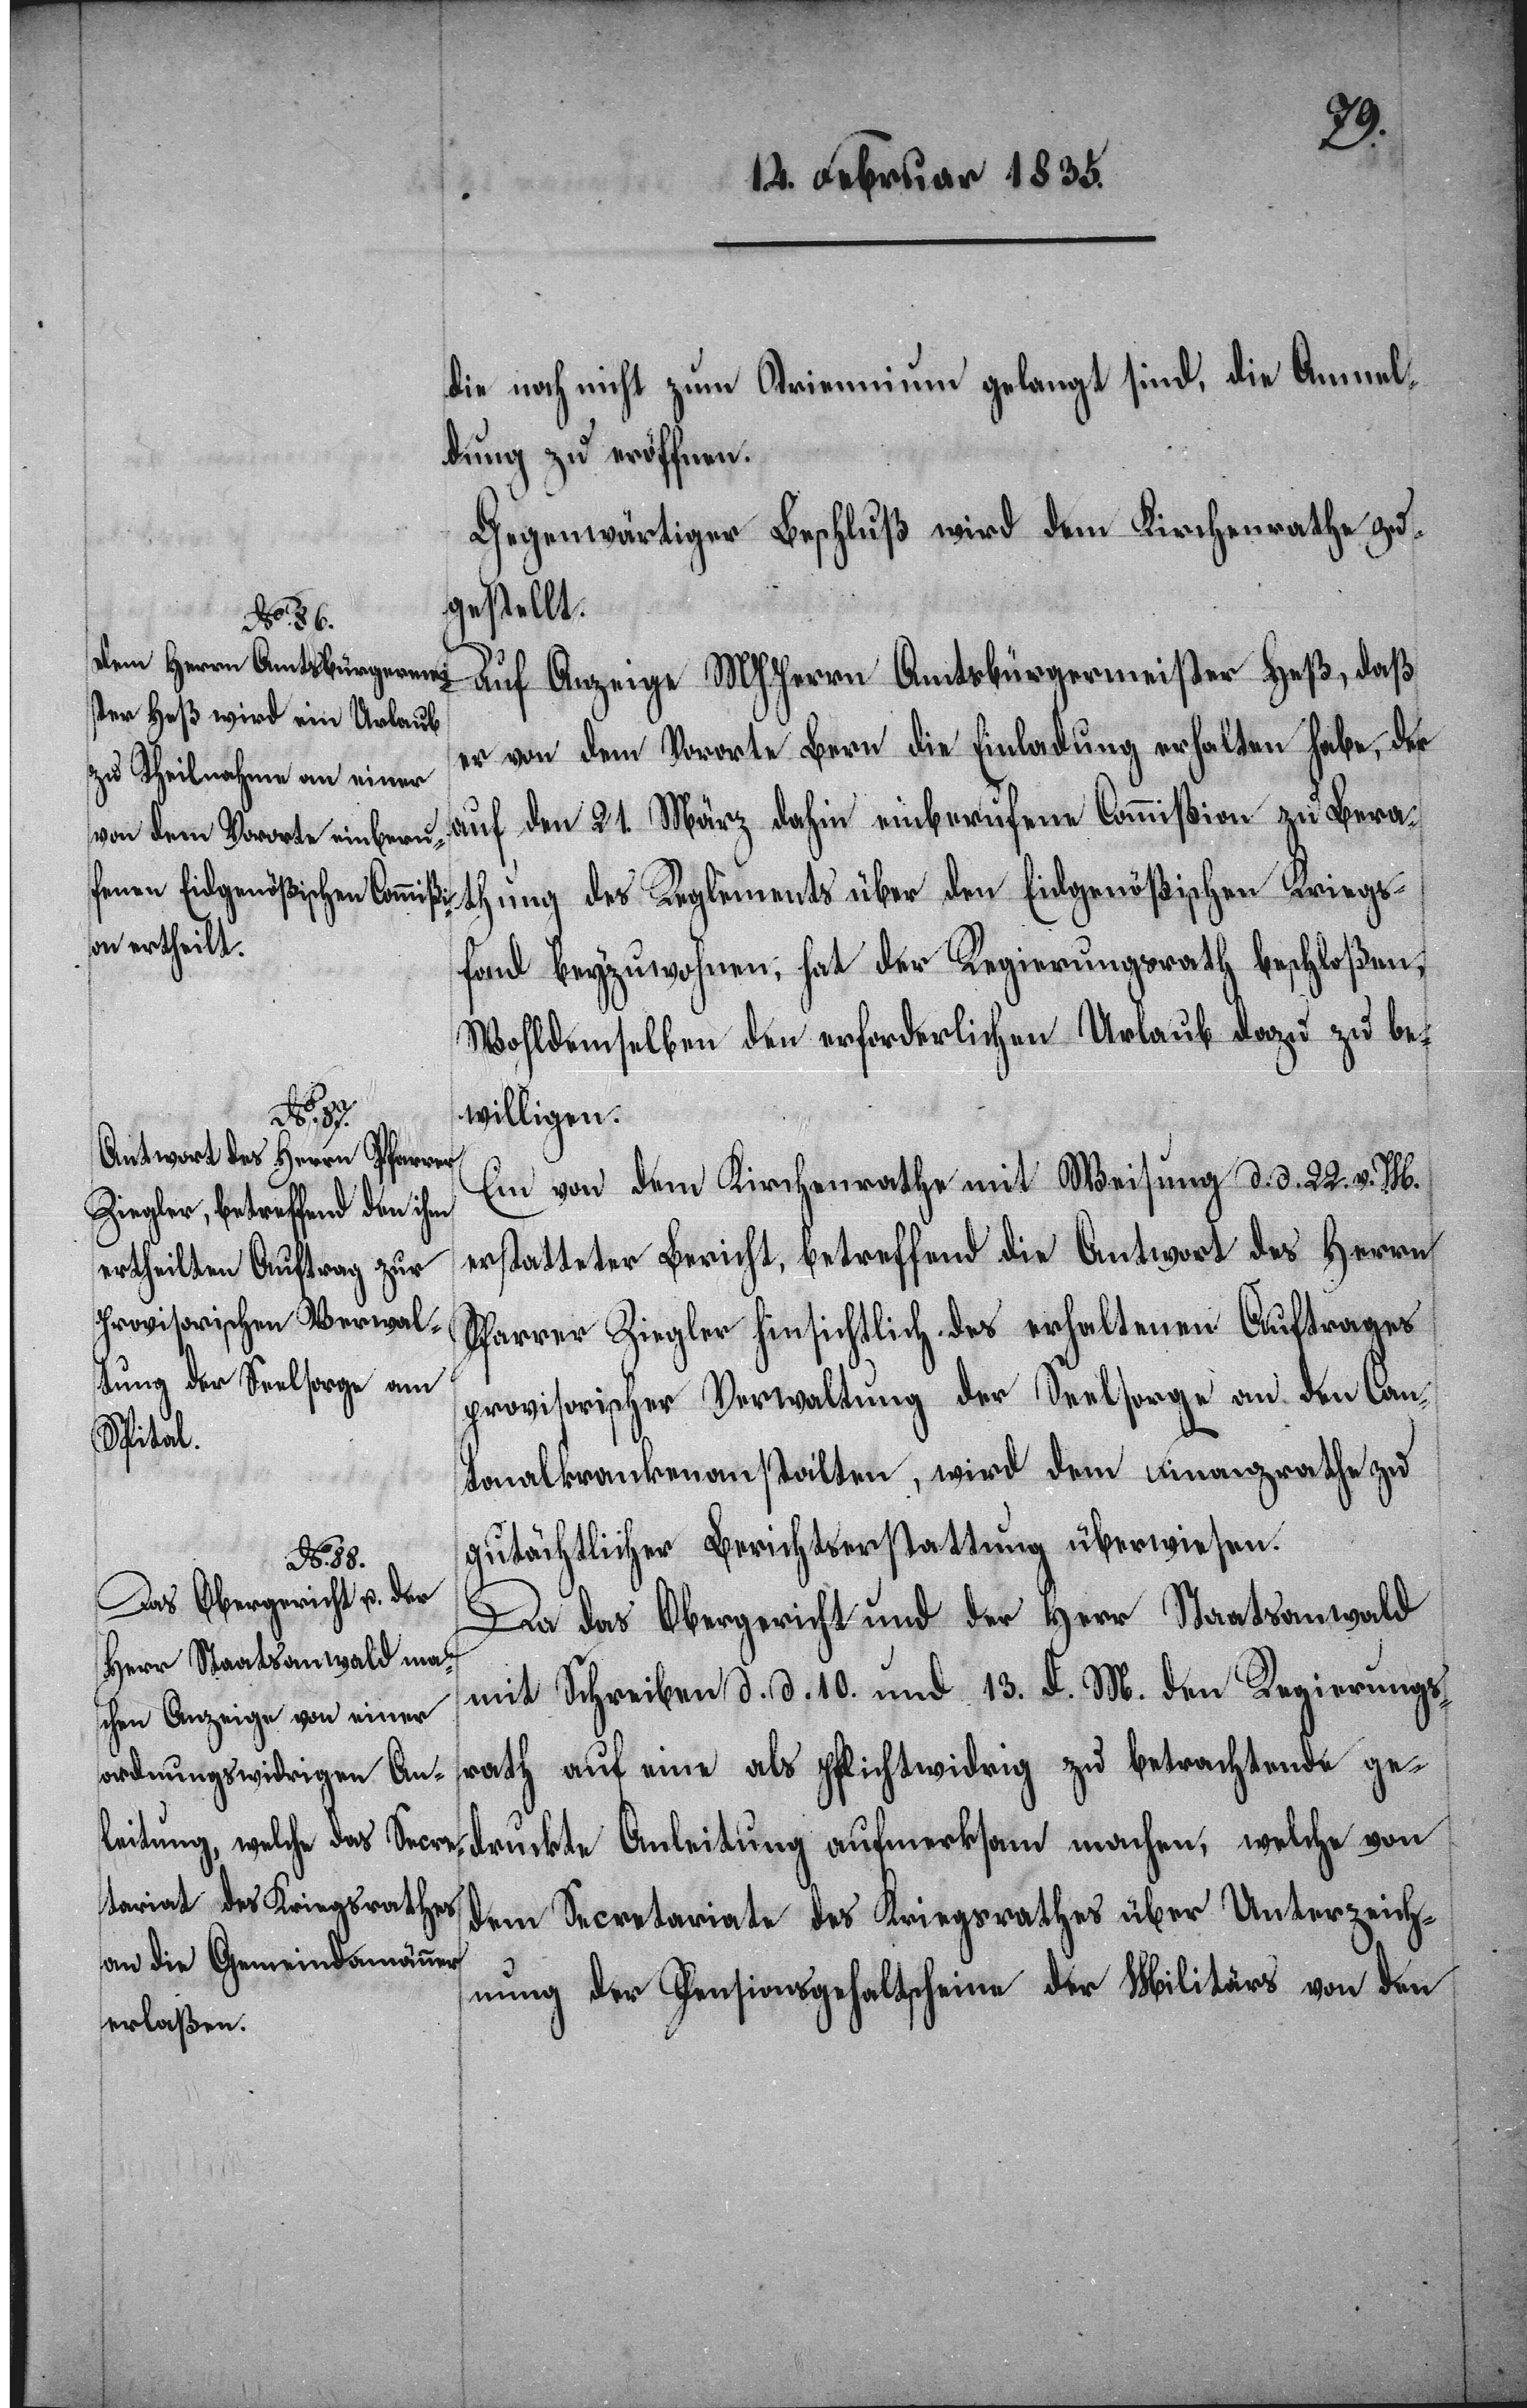
die noch nicht zum Triennium gelangt sind, die Anmel¬
dung zu eröffnen.
Gegenwärtiger Beschluß wird dem Kirchenrathe zu¬
gestellt.
Auf Anzeige MHHerrn Amtsbürgermeister Heß, daß
er von dem Vororte Bern die Einladung erhalten habe, der
auf den 21. März dahin einberufenen Commißion zu Bera¬
ung des Reglements über den Eidgenößischen Kriegs¬
kte
fond beyzuwohnen, hat der Regierungsrath beschloßen,
Wohldemselben den erforderlichen Urlaub dazu zu be¬
willigen.
Ein von dem Kirchenrathe mit Weisung d. d. 22. v. M.
erstatteter Bericht, betreffend die Antwort des Herrn
Pfarrer Ziegler hinsichtlich des erhaltenen Auftrages
provisorischer Verwaltung der Seelsorge an den Can¬
tonalkrankenanstalten, wird dem Finanzrathe zu
gutächtlicher Berichtserstattung überwiesen.
Da das Obergericht und der Herr Staatsanwald
mit Schreiben d. d. 10. und 13. d. M. den Regierungs¬
rath auf eine als pflichtwidrig zu betrachtende ge¬
dem Secretariate des Kriegsrathes über Unterzeich¬
nung der Pensionsgehaltscheine der Militärs von den